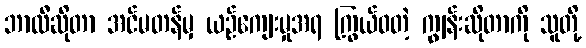
ဘာလီဆိုတာ အင်မတန်မှ ယဉ်ကျေးမှုအရ ကြွယ်ဝတဲ့ ကျွန်းဆိုတာကို သူတို့